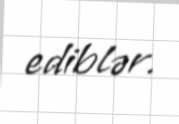
ediblər.